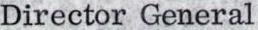
Director General